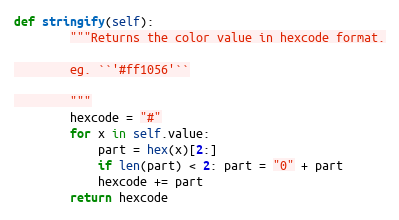
Language: Python
def stringify(self):
        """Returns the color value in hexcode format.

        eg. ``'#ff1056'``

        """
        hexcode = "#"
        for x in self.value:
            part = hex(x)[2:]
            if len(part) < 2: part = "0" + part
            hexcode += part
        return hexcode